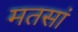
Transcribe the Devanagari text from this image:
मतसां